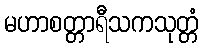
မဟာစတ္တာရီသကသုတ္တံ